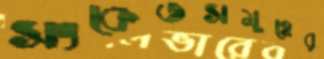
সংকেতসমূহের